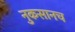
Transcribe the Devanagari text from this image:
नुकसानच